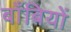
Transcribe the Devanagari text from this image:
बाँबियों